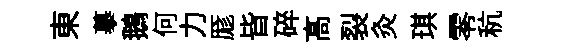
東摹鵝何力厖皆碎髙裂灸琪零秔